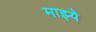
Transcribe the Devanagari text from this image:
माझ्ये